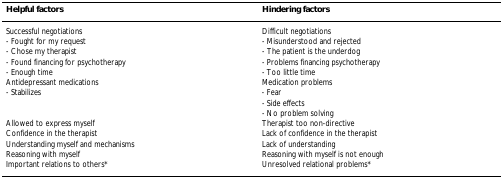
| Helpful factors | Hindering factors |
 | --- | --- |
 | Successful negotiations | Difficult negotiations |
 | - Fought for my request | - Misunderstood and rejected |
 | - Chose my therapist | - The patient is the underdog |
 | - Found financing for psychotherapy | - Problems financing psychotherapy |
 | - Enough time | - Too little time |
 | Antidepressant medications | Medication problems |
 | - Stabilizes | - Fear |
 |  | - Side effects |
 |  | - No problem solving |
 | Allowed to express myself | Therapist too non-directive |
 | Confidence in the therapist | Lack of confidence in the therapist |
 | Understanding myself and mechanisms | Lack of understanding |
 | Reasoning with myself | Reasoning with myself is not enough |
 | Important relations to others* | Unresolved relational problems* |